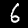
Digit: 6